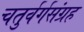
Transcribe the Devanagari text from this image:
चतुर्वर्गसंग्रह